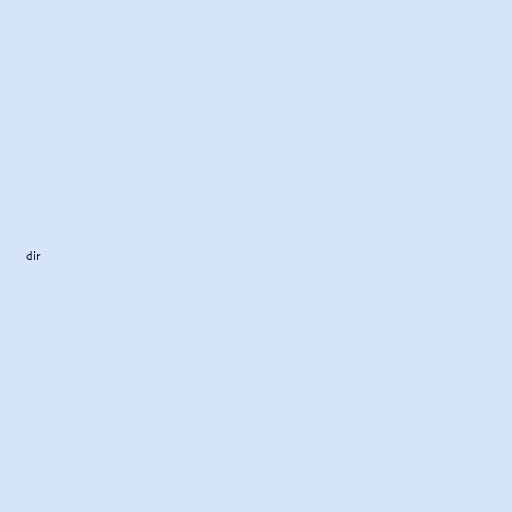
dir